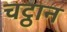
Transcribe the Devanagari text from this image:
चट्ठान